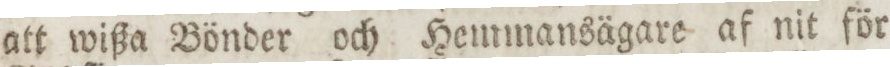
att wißa Bönder och Hemmansägare af nit för